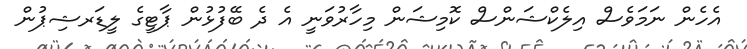
އެހެން ނަމަވެސް އިލެކްޝަންސް ކޮމިޝަން މިހާރުވަނީ އެ ދެ ބޭފުޅުން ޕާޓީގެ ލީޑަރޝިޕުން